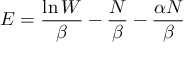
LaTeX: E = { \frac { \ln W } { \beta } } - { \frac { N } { \beta } } - { \frac { \alpha N } { \beta } }